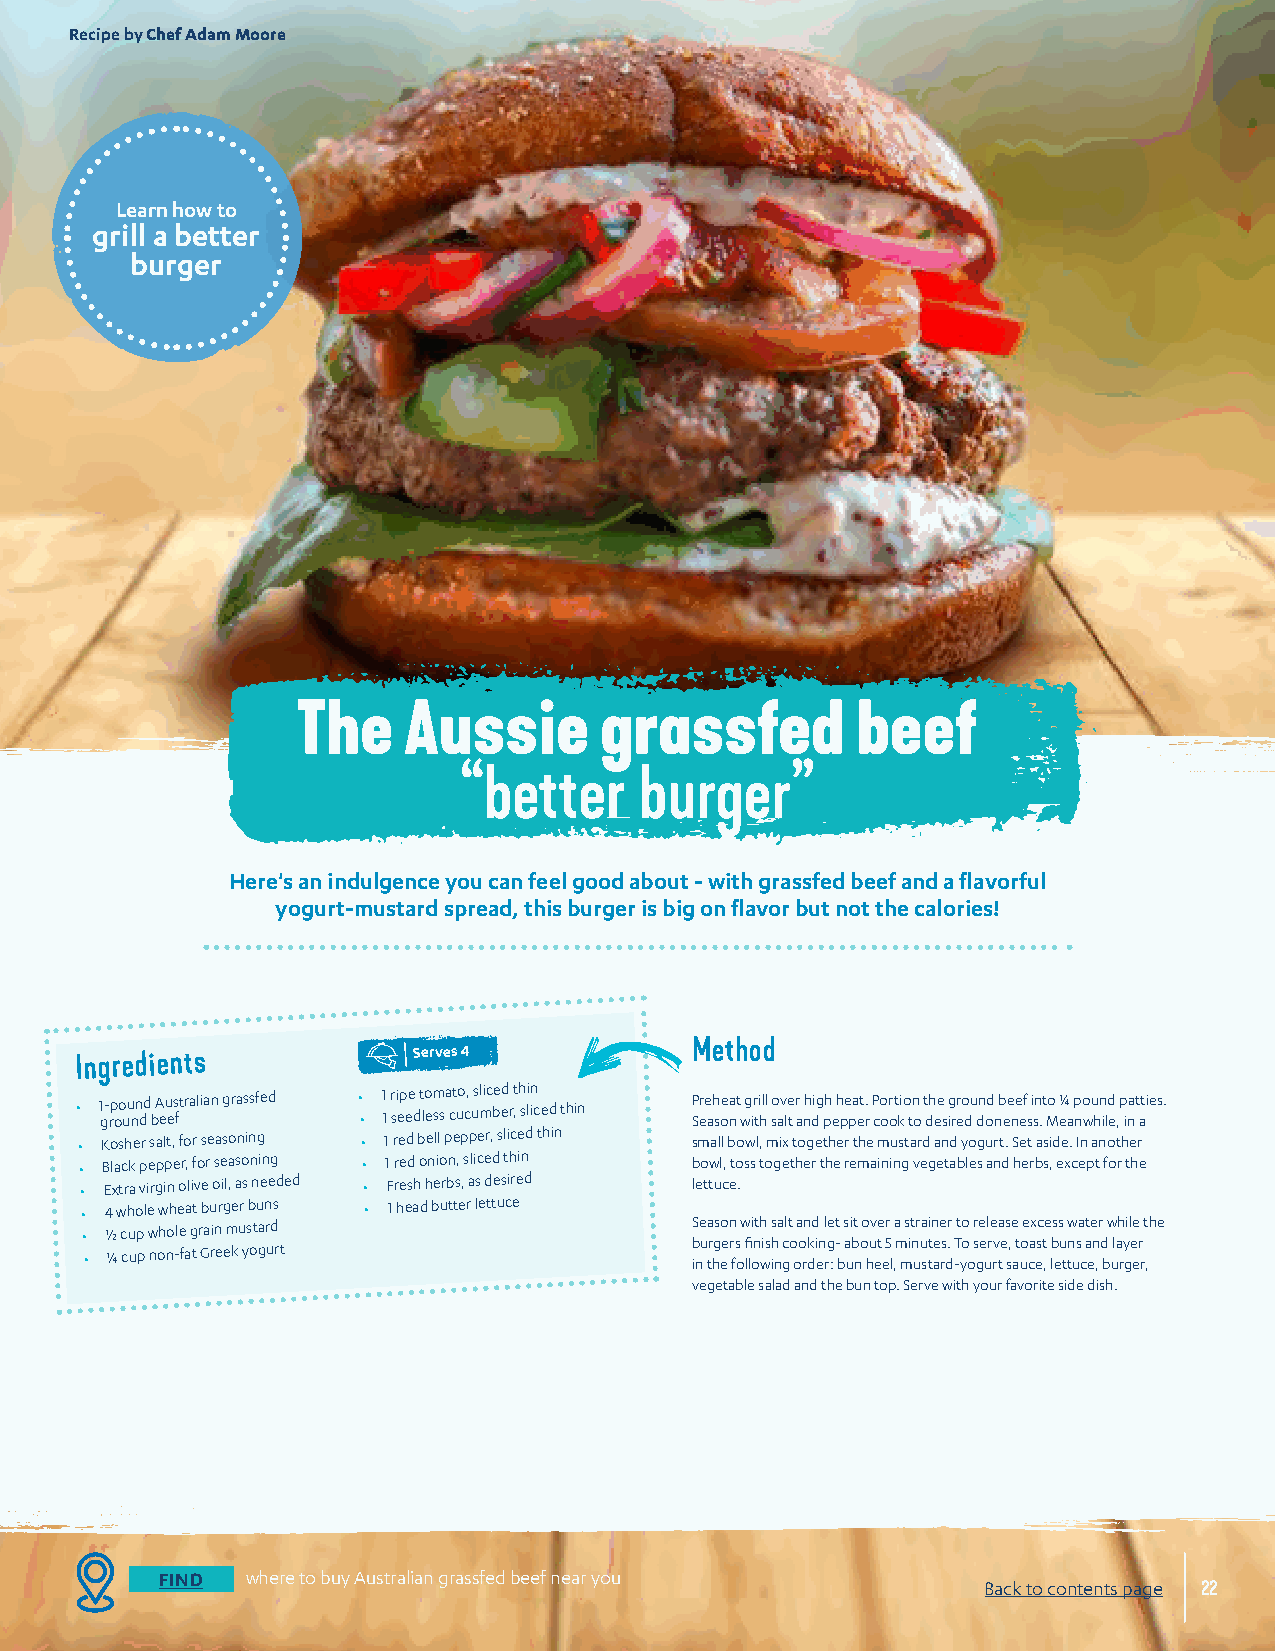
Recipe by Chef Adam Moore
 Learn how to
 grill a better
 burger
 The    Aussie       grassfed         beef
 “better    burger”
 Here's an indulgence you can feel good about - with grassfed beef and a flavorful
 yogurt-mustard spread, this burger is big on flavor but not the calories!
 Ingredients           Serves 4           Method
 • 1 g- rp oo uu nn dd b A eu es ftralian grassfed • • 1 1 r si ep ee d t lo em ssa ct uo c, usl mic be ed r t , h sli in ced thin P Sere ah soea nt w g ir ti hll so av le t r a nh dig ph e h pe pa et r. P co or ot kio tn o t dh ee s g irr eo du dn od n b ee ne ef s i sn .t Mo e¼ a p no wu hn ild e ,p inat ati es.
 • K osher salt, for seasoning • 1 red bell pepper, sliced thin small bowl, mix together the mustard and yogurt. Set aside. In another
 • B lack pepper, for seasoning • 1 red onion, sliced thin bowl, toss together the remaining vegetables and herbs, except for the
 • E xtra virgin olive oil, as needed • F resh herbs, as desired lettuce.
 • 4 whole wheat burger buns • 1 head butter lettuce
 • ½ cup whole grain mustard              Season with salt and let sit over a strainer to release excess water while the
 • ¼ cup non-fat Greek yogurt            b inu tr hg ee r fs o lfi lon wis ih n c go oo rk di en rg : - b a ub no hu et e 5 l ,m min uu stt ae rs d. -T yo o s ge ur rv te s, at uo ca est , lb eu ttn us c a en , d b ula ry ge er r ,
 vegetable salad and the bun top. Serve with your favorite side dish.
 FIND where to buy Australian grassfed beef near you
 Back to contents page 22